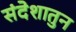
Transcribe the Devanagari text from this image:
संदेशातुन